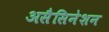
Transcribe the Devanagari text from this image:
असैसिनेशन